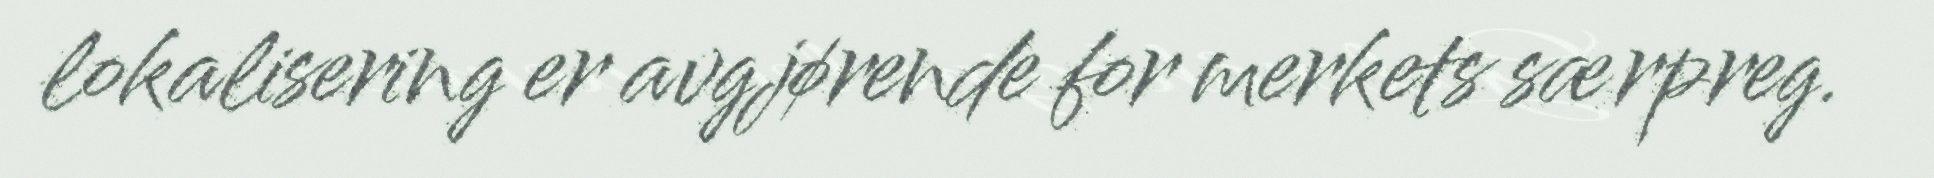
lokalisering er avgjørende for merkets særpreg.